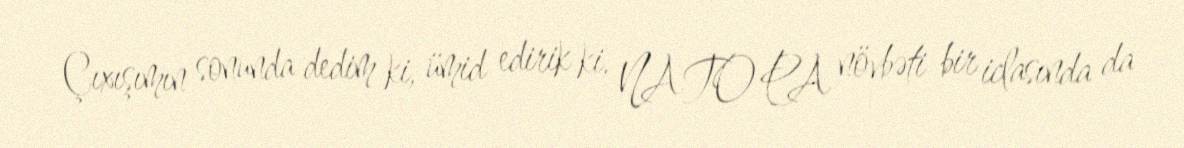
Çıxışımın sonunda dedim ki, ümid edirik ki, NATO PA növbəti bir iclasında da